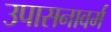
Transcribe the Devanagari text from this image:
उपासनावर्म